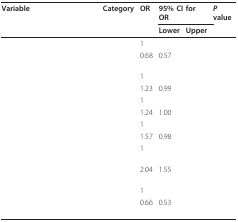
<table><thead><tr><td><b>Variable</b></td><td><b>Category</b></td><td><b>OR</b></td><td colspan="2"><b>95% CI for OR</b></td><td><b><i>P </i>value</b></td></tr><tr><td>[EMPTY_CELL]</td><td>[EMPTY_CELL]</td><td>[EMPTY_CELL]</td><td><b>Lower</b></td><td><b>Upper</b></td><td>[EMPTY_CELL]</td></tr></thead><tbody><tr><td>[EMPTY_CELL]</td><td>[EMPTY_CELL]</td><td>1</td><td>[EMPTY_CELL]</td><td>[EMPTY_CELL]</td><td>[EMPTY_CELL]</td></tr><tr><td>[EMPTY_CELL]</td><td>[EMPTY_CELL]</td><td>0.68</td><td>0.57</td><td>[EMPTY_CELL]</td><td>[EMPTY_CELL]</td></tr><tr><td>[EMPTY_CELL]</td><td>[EMPTY_CELL]</td><td>1</td><td>[EMPTY_CELL]</td><td>[EMPTY_CELL]</td><td>[EMPTY_CELL]</td></tr><tr><td>[EMPTY_CELL]</td><td>[EMPTY_CELL]</td><td>1.23</td><td>0.99</td><td>[EMPTY_CELL]</td><td>[EMPTY_CELL]</td></tr><tr><td>[EMPTY_CELL]</td><td>[EMPTY_CELL]</td><td>1</td><td>[EMPTY_CELL]</td><td>[EMPTY_CELL]</td><td>[EMPTY_CELL]</td></tr><tr><td>[EMPTY_CELL]</td><td>[EMPTY_CELL]</td><td>1.24</td><td>1.00</td><td>[EMPTY_CELL]</td><td>[EMPTY_CELL]</td></tr><tr><td>[EMPTY_CELL]</td><td>[EMPTY_CELL]</td><td>1</td><td>[EMPTY_CELL]</td><td>[EMPTY_CELL]</td><td>[EMPTY_CELL]</td></tr><tr><td>[EMPTY_CELL]</td><td>[EMPTY_CELL]</td><td>1.57</td><td>0.98</td><td>[EMPTY_CELL]</td><td>[EMPTY_CELL]</td></tr><tr><td>[EMPTY_CELL]</td><td>[EMPTY_CELL]</td><td>1</td><td>[EMPTY_CELL]</td><td>[EMPTY_CELL]</td><td>[EMPTY_CELL]</td></tr><tr><td>[EMPTY_CELL]</td><td>[EMPTY_CELL]</td><td>2.04</td><td>1.55</td><td>[EMPTY_CELL]</td><td>[EMPTY_CELL]</td></tr><tr><td>[EMPTY_CELL]</td><td>[EMPTY_CELL]</td><td>1</td><td>[EMPTY_CELL]</td><td>[EMPTY_CELL]</td><td>[EMPTY_CELL]</td></tr><tr><td>[EMPTY_CELL]</td><td>[EMPTY_CELL]</td><td>0.66</td><td>0.53</td><td>[EMPTY_CELL]</td><td>[EMPTY_CELL]</td></tr></tbody></table>